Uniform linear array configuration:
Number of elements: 64
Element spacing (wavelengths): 0.75
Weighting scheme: uniform
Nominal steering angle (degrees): -30
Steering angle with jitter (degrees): -29.508
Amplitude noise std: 0.05
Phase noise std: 0.05

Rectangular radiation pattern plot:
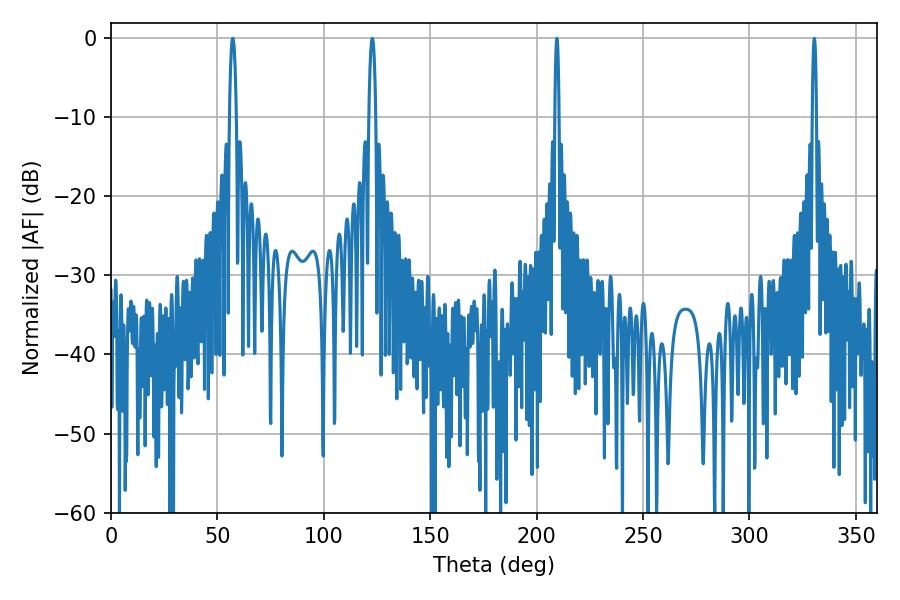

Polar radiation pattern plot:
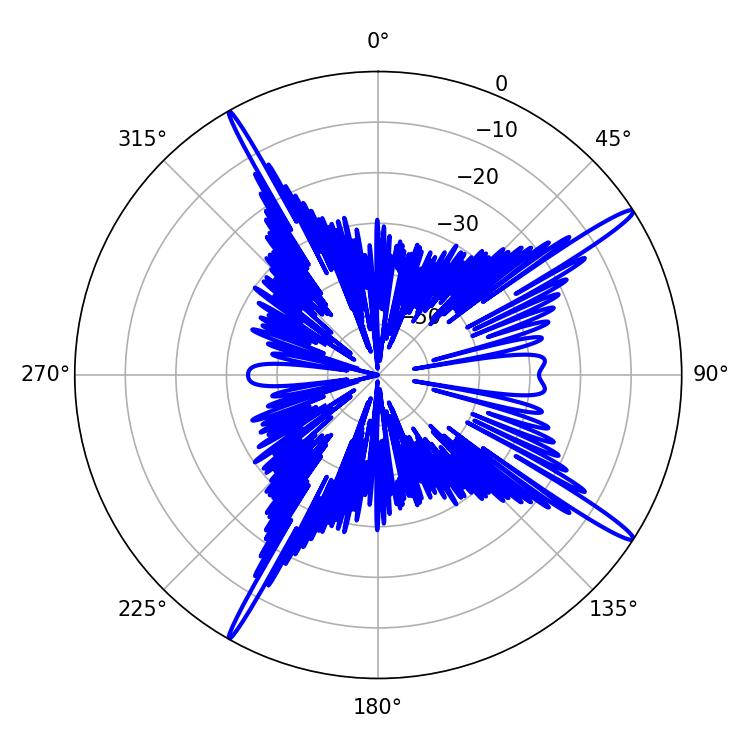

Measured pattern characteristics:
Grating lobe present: TRUE
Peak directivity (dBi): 16.86
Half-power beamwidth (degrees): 1.08
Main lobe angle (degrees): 330.48